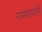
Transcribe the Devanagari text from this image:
रामरायांनी